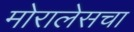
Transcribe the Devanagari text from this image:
मोरालेसचा